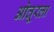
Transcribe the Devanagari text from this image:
ओतूरला